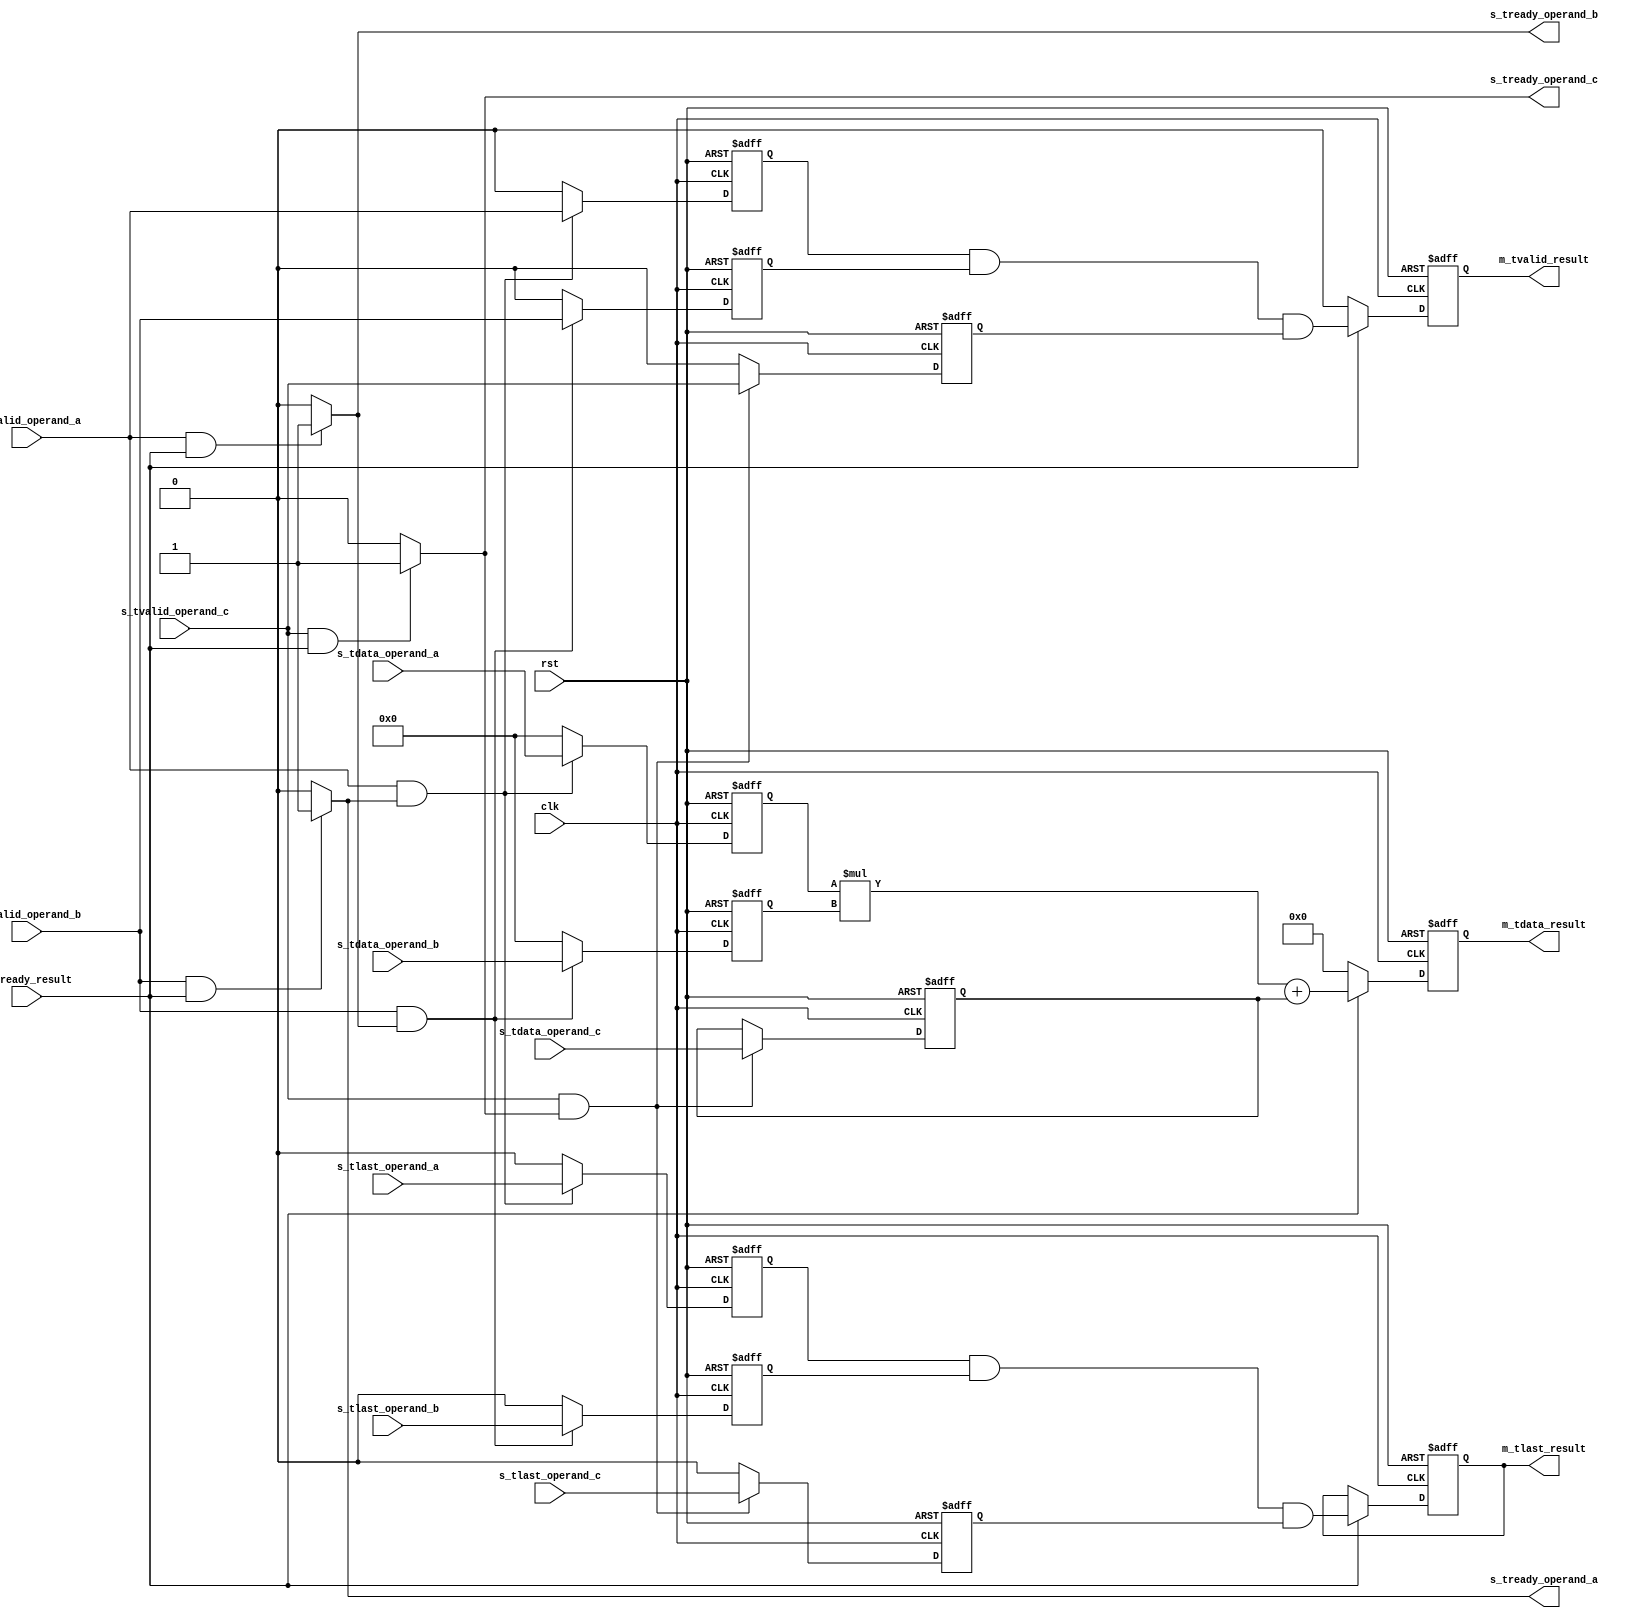
`timescale 1ns / 1ps
//////////////////////////////////////////////////////////////////////////////////
// Company: 
// Engineer: 
// 
// Design Name: 
// Module Name: dsp_axi
// Project Name: 
// Target Devices: 
// Tool Versions: 
// Description: 
// 
// Dependencies: 
// 
// Revision:
// Revision 0.01 - File Created
// Additional Comments:
// 
//////////////////////////////////////////////////////////////////////////////////


module dsp_axi(
    input wire clk,
    input wire rst,
  
    input wire [7:0] s_tdata_operand_a,
    input wire s_tvalid_operand_a,
    output wire s_tready_operand_a,
    input wire s_tlast_operand_a,
   
    input wire [7:0] s_tdata_operand_b,
    input wire s_tvalid_operand_b,
    output wire s_tready_operand_b,
    input wire s_tlast_operand_b,
    
    input wire [7:0] s_tdata_operand_c,
    input wire s_tvalid_operand_c,
    output wire s_tready_operand_c,
    input wire s_tlast_operand_c,
   
    output reg [15:0] m_tdata_result,
    output reg m_tvalid_result,
    input wire m_tready_result,
    output reg m_tlast_result
    
);

    
    reg [7:0] mul_result;
    reg [15:0] add_result;
    
    reg [7:0] reg_a;
    reg [7:0] reg_b;
    reg [7:0] reg_c;
    
   
    reg s_tvalid_a;
    reg m_tready_a;
    reg s_tlast_a;
 
    
   
    reg s_tvalid_b;
    reg m_tready_b;
    reg s_tlast_b;
  
    
  
    reg s_tvalid_c;
    reg m_tready_c;
    reg s_tlast_c;
 
  
    assign s_tready_operand_a =  s_tvalid_operand_b & m_tready_result? 1: 0 ;
    assign s_tready_operand_b =  s_tvalid_operand_a & m_tready_result? 1: 0 ;       
    assign s_tready_operand_c =  s_tvalid_operand_c & m_tready_result? 1: 0 ;
   
   
    always @(posedge clk or posedge rst) begin
        if (rst) begin
           
            s_tvalid_a <= 0;
          //  s_tlast_a <= 0;     
            reg_a <= 0;
            s_tlast_a <= 0;
           
        end else if (s_tvalid_operand_a && s_tready_operand_a)begin
               reg_a <= s_tdata_operand_a;    
               s_tvalid_a <=    s_tvalid_operand_a;
               s_tlast_a <= s_tlast_operand_a;
            
         end else begin
           reg_a <= 0;
           s_tvalid_a <= 0;
           s_tlast_a <= 0;
//         
         end
    end
    
     always @(posedge clk or posedge rst) begin
        if (rst) begin           
            s_tvalid_b <= 0;            
            reg_b <= 0;
            s_tlast_b <= 0;
            
           
        end else if (s_tvalid_operand_b && s_tready_operand_b)begin
                 reg_b <= s_tdata_operand_b;
            s_tvalid_b <= s_tvalid_operand_b;         
            s_tlast_b <= s_tlast_operand_b;
         end else begin
           reg_b <= 0;
           s_tvalid_b <= 0;
           s_tlast_b <= 0;
                     
           end
      end
      
       
    always @(posedge clk or posedge rst) begin
        if (rst) begin
           
            s_tvalid_c <= 0;          
            reg_c <= 0;
            s_tlast_c <= 0;
                        
           
        end else if (s_tvalid_operand_c && s_tready_operand_c  )begin
               reg_c <= s_tdata_operand_c;
               s_tvalid_c <= s_tvalid_operand_c;         
               s_tlast_c <= s_tlast_operand_c;
         end else begin         
           s_tvalid_c <= 0;   
           s_tlast_c <= 0;   
         end
    end
      
      
  
    always @(posedge clk or posedge rst) begin
        if (rst) begin
            m_tdata_result <= 16'h0;
            m_tvalid_result <= 1'b0;
            m_tlast_result <= 1'b0;
            
      end else if(m_tready_result ) begin       
            m_tdata_result <= (reg_a * reg_b) + reg_c;
            m_tvalid_result <= (s_tvalid_a && s_tvalid_b && s_tvalid_c);
            m_tlast_result <= (s_tlast_a && s_tlast_b && s_tlast_c);
        end else begin
            m_tdata_result <= 16'h0;
            m_tvalid_result <= 1'b0;
        end
    end

endmodule